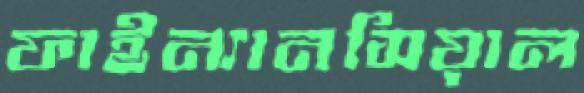
ফাইন্যানসিয়াল